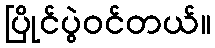
ပြိုင်ပွဲဝင်တယ်။